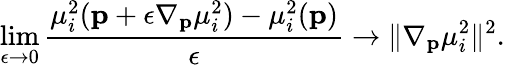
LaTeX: \operatorname*{lim}_{\epsilon\rightarrow 0}\frac{\mu_{i}^{2}(\mathbf{p}+\epsilon\nabla_{\mathbf{p}}\mu_{i}^{2})-\mu_{i}^{2}(\mathbf{p})}{\epsilon}\rightarrow\| \nabla_{\mathbf{p}}\mu_{i}^{2}\| ^{2}.